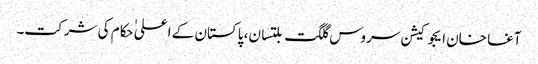
آغا خان ایجوکیشن سروس گلگت بلتسان، پاکستان کے اعلی ٰحکام کی شرکت۔